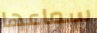
سماعها